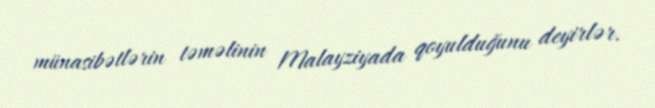
münasibətlərin təməlinin Malayziyada qoyulduğunu deyirlər.